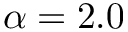
\alpha = 2 . 0